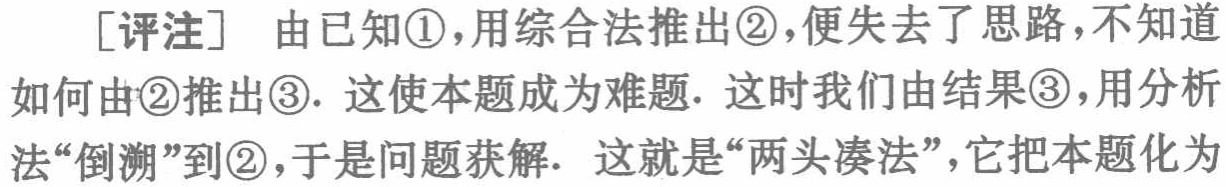
[评注] 由已知\textcircled{1}，用综合法推出\textcircled{2}，便失去了思路，不知道

如何由\textcircled{2}推出\textcircled{3}. 这使本题成为难题. 这时我们由结果\textcircled{3}，用分析

法“倒溯”到\textcircled{2}，于是问题获解.  这就是“两头凑法”，它把本题化为